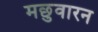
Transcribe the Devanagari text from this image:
मछुवारन